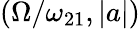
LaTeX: \left(\Omega/\omega_{21},|a|\right)